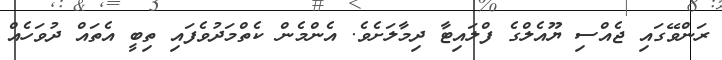
ރަންވޭގައި ޖެއްސި ޔޫއެލްގެ ފްލައިޓާ ދިމާލަށެވެ. އެންމެން ކެތްމަދުވެފައި ތިބީ އެތައް ދުވަހެއް